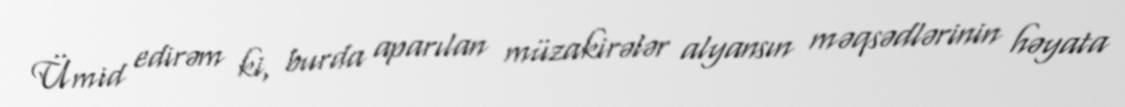
Ümid edirəm ki, burda aparılan müzakirələr alyansın məqsədlərinin həyata